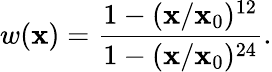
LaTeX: w(\mathbf{x})=\frac{{1-(\mathbf{x}/\mathbf{x}_{0})^{12}}}{{1-(\mathbf{x}/\mathbf{x}_{0})^{24}}}.